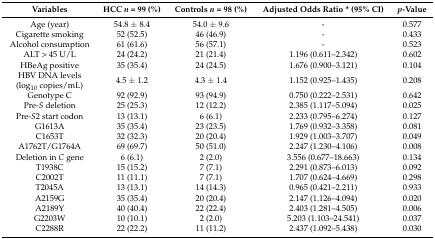
<table><thead><tr><td><b>Variables</b></td><td><b>HCC <i>n</i> = 99 (%)</b></td><td><b>Controls <i>n</i> = 98 (%)</b></td><td><b>Adjusted Odds Ratio * (95% CI)</b></td><td><b><i>p</i>-Value</b></td></tr></thead><tbody><tr><td>Age (year)</td><td>54.8 ± 8.4</td><td>54.0 ± 9.6</td><td>-</td><td>0.577</td></tr><tr><td>Cigarette smoking</td><td>52 (52.5)</td><td>46 (46.9)</td><td>-</td><td>0.433</td></tr><tr><td>Alcohol consumption</td><td>61 (61.6)</td><td>56 (57.1)</td><td>-</td><td>0.523</td></tr><tr><td>ALT &gt; 45 U/L</td><td>24 (24.2)</td><td>21 (21.4)</td><td>1.196 (0.611–2.342)</td><td>0.602</td></tr><tr><td>HBeAg positive</td><td>35 (35.4)</td><td>24 (24.5)</td><td>1.676 (0.900–3.121)</td><td>0.104</td></tr><tr><td>HBV DNA levels (log<sub>10</sub> copies/mL)</td><td>4.5 ± 1.2</td><td>4.3 ± 1.4</td><td>1.152 (0.925–1.435)</td><td>0.208</td></tr><tr><td>Genotype C</td><td>92 (92.9)</td><td>93 (94.9)</td><td>0.750 (0.222–2.531)</td><td>0.642</td></tr><tr><td>Pre-<i>S</i> deletion</td><td>25 (25.3)</td><td>12 (12.2)</td><td>2.385 (1.117–5.094)</td><td>0.025</td></tr><tr><td>Pre-<i>S</i>2 start codon</td><td>13 (13.1)</td><td>6 (6.1)</td><td>2.233 (0.795–6.274)</td><td>0.127</td></tr><tr><td>G1613A</td><td>35 (35.4)</td><td>23 (23.5)</td><td>1.769 (0.932–3.358)</td><td>0.081</td></tr><tr><td>C1653T</td><td>32 (32.3)</td><td>20 (20.4)</td><td>1.929 (1.003–3.707)</td><td>0.049</td></tr><tr><td>A1762T/G1764A</td><td>69 (69.7)</td><td>50 (51.0)</td><td>2.247 (1.230–4.106)</td><td>0.008</td></tr><tr><td>Deletion in <i>C</i> gene</td><td>6 (6.1)</td><td>2 (2.0)</td><td>3.556 (0.677–18.663)</td><td>0.134</td></tr><tr><td>T1938C</td><td>15 (15.2)</td><td>7 (7.1)</td><td>2.291 (0.873–6.013)</td><td>0.092</td></tr><tr><td>C2002T</td><td>11 (11.1)</td><td>7 (7.1)</td><td>1.707 (0.624–4.669)</td><td>0.298</td></tr><tr><td>T2045A</td><td>13 (13.1)</td><td>14 (14.3)</td><td>0.965 (0.421–2.211)</td><td>0.933</td></tr><tr><td>A2159G</td><td>35 (35.4)</td><td>20 (20.4)</td><td>2.147 (1.126–4.094)</td><td>0.020</td></tr><tr><td>A2189Y</td><td>40 (40.4)</td><td>22 (22.4)</td><td>2.403 (1.281–4.505)</td><td>0.006</td></tr><tr><td>G2203W</td><td>10 (10.1)</td><td>2 (2.0)</td><td>5.203 (1.103–24.541)</td><td>0.037</td></tr><tr><td>C2288R</td><td>22 (22.2)</td><td>11 (11.2)</td><td>2.437 (1.092–5.438)</td><td>0.030</td></tr></tbody></table>